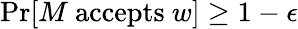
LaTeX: {\mathrm{Pr}}[M{\mathrm{~accepts~}}w]\geq 1-\epsilon